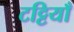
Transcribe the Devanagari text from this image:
टट्टियाँ